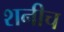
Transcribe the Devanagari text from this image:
शनीच